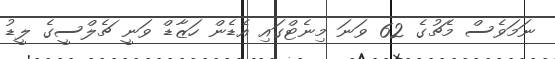
ނަމަވެސް މެޗުގެ 62 ވަނަ މިނެޓްގައި އެޑެން ހަޒާޑް ވަނީ ޗެލްސީގެ ލީޑު